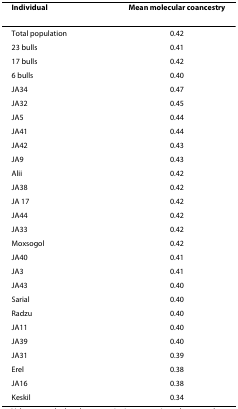
| Individual | Mean molecular coancestry |
 | --- | --- |
 | Total population | 0.42 |
 | 23 bulls | 0.41 |
 | 17 bulls | 0.42 |
 | 6 bulls | 0.40 |
 | JA34 | 0.47 |
 | JA32 | 0.45 |
 | JA5 | 0.44 |
 | JA41 | 0.44 |
 | JA42 | 0.43 |
 | JA9 | 0.43 |
 | Alii | 0.42 |
 | JA38 | 0.42 |
 | JA 17 | 0.42 |
 | JA44 | 0.42 |
 | JA33 | 0.42 |
 | Moxsogol | 0.42 |
 | JA40 | 0.41 |
 | JA3 | 0.41 |
 | JA43 | 0.40 |
 | Sarial | 0.40 |
 | Radzu | 0.40 |
 | JA11 | 0.40 |
 | JA39 | 0.40 |
 | JA31 | 0.39 |
 | Erel | 0.38 |
 | JA16 | 0.38 |
 | Keskil | 0.34 |